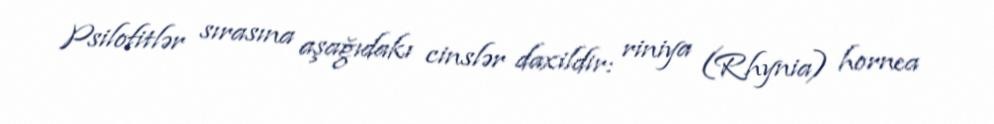
Psilofitlər sırasına aşağıdakı cinslər daxildir: riniya (Rhynia) hornea